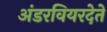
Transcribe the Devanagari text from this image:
अंडरवियरदेते